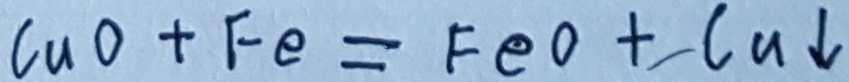
C u O + F e = F e O + C u \downarrow